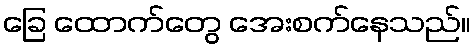
ခြေ ထောက်တွေ အေးစက်နေသည်။